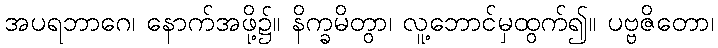
အပရဘာဂေ၊ နောက်အဖို့၌။ နိက္ခမိတွာ၊ လူ့ဘောင်မှထွက်၍။ ပဗ္ဗဇိတော၊